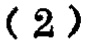
-2